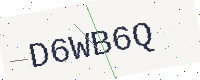
Text: D6WB6Q